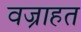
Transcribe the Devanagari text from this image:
वज्राहत